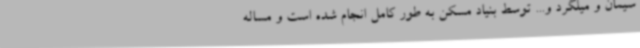
سیمان و میلگرد و... توسط بنیاد مسکن به طور کامل انجام شده است و مساله